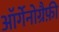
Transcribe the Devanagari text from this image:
ऑर्गेनोग्रैफ़ी